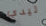
تيدي